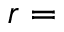
r =